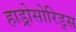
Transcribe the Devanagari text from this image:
हाड्रोसोरिड्स